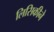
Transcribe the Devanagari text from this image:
लिसिकीने